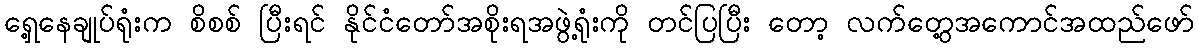
ရှေ့နေချုပ်ရုံးက စိစစ် ပြီးရင် နိုင်ငံတော်အစိုးရအဖွဲ့ရုံးကို တင်ပြပြီး တော့ လက်တွေ့အကောင်အထည်ဖော်